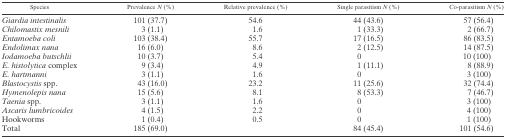
<table><thead><tr><td><b>Species</b></td><td><b>Prevalence <i>N</i> (%)</b></td><td><b>Relative prevalence (%)</b></td><td><b>Single parasitism <i>N</i> (%)</b></td><td><b>Co-parasitism <i>N</i> (%)</b></td></tr></thead><tbody><tr><td><i>Giardia intestinalis</i></td><td>101 (37.7)</td><td>54.6</td><td>44 (43.6)</td><td>57 (56.4)</td></tr><tr><td><i>Chilomastix mesnili</i></td><td>3 (1.1)</td><td>1.6</td><td>1 (33.3)</td><td>2 (66.7)</td></tr><tr><td><i>Entamoeba coli</i></td><td>103 (38.4)</td><td>55.7</td><td>17 (16.5)</td><td>86 (83.5)</td></tr><tr><td><i>Endolimax nana</i></td><td>16 (6.0)</td><td>8.6</td><td>2 (12.5)</td><td>14 (87.5)</td></tr><tr><td><i>Iodamoeba butschlii</i></td><td>10 (3.7)</td><td>5.4</td><td>0</td><td>10 (100)</td></tr><tr><td><i>E. histolytica</i> complex</td><td>9 (3.4)</td><td>4.9</td><td>1 (11.1)</td><td>8 (88.9)</td></tr><tr><td><i>E. hartmanni</i></td><td>3 (1.1)</td><td>1.6</td><td>0</td><td>3 (100)</td></tr><tr><td><i>Blastocystis</i> spp.</td><td>43 (16.0)</td><td>23.2</td><td>11 (25.6)</td><td>32 (74.4)</td></tr><tr><td><i>Hymenolepis nana</i></td><td>15 (5.6)</td><td>8.1</td><td>8 (53.3)</td><td>7 (46.7)</td></tr><tr><td><i>Taenia</i> spp.</td><td>3 (1.1)</td><td>1.6</td><td>0</td><td>3 (100)</td></tr><tr><td><i>Ascaris lumbricoides</i></td><td>4 (1.5)</td><td>2.2</td><td>0</td><td>4 (100)</td></tr><tr><td>Hookworms</td><td>1 (0.4)</td><td>0.5</td><td>0</td><td>1 (100)</td></tr><tr><td>Total</td><td>185 (69.0)</td><td> </td><td>84 (45.4)</td><td>101 (54.6)</td></tr></tbody></table>